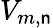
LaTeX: V_{m,\mathsf{n}}